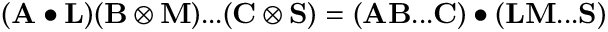
( \mathbf { A } \bullet \mathbf { L } ) ( \mathbf { B } \otimes \mathbf { M } ) . . . ( \mathbf { C } \otimes \mathbf { S } ) = ( \mathbf { A } \mathbf { B } . . . \mathbf { C } ) \bullet ( \mathbf { L } \mathbf { M } . . . \mathbf { S } )